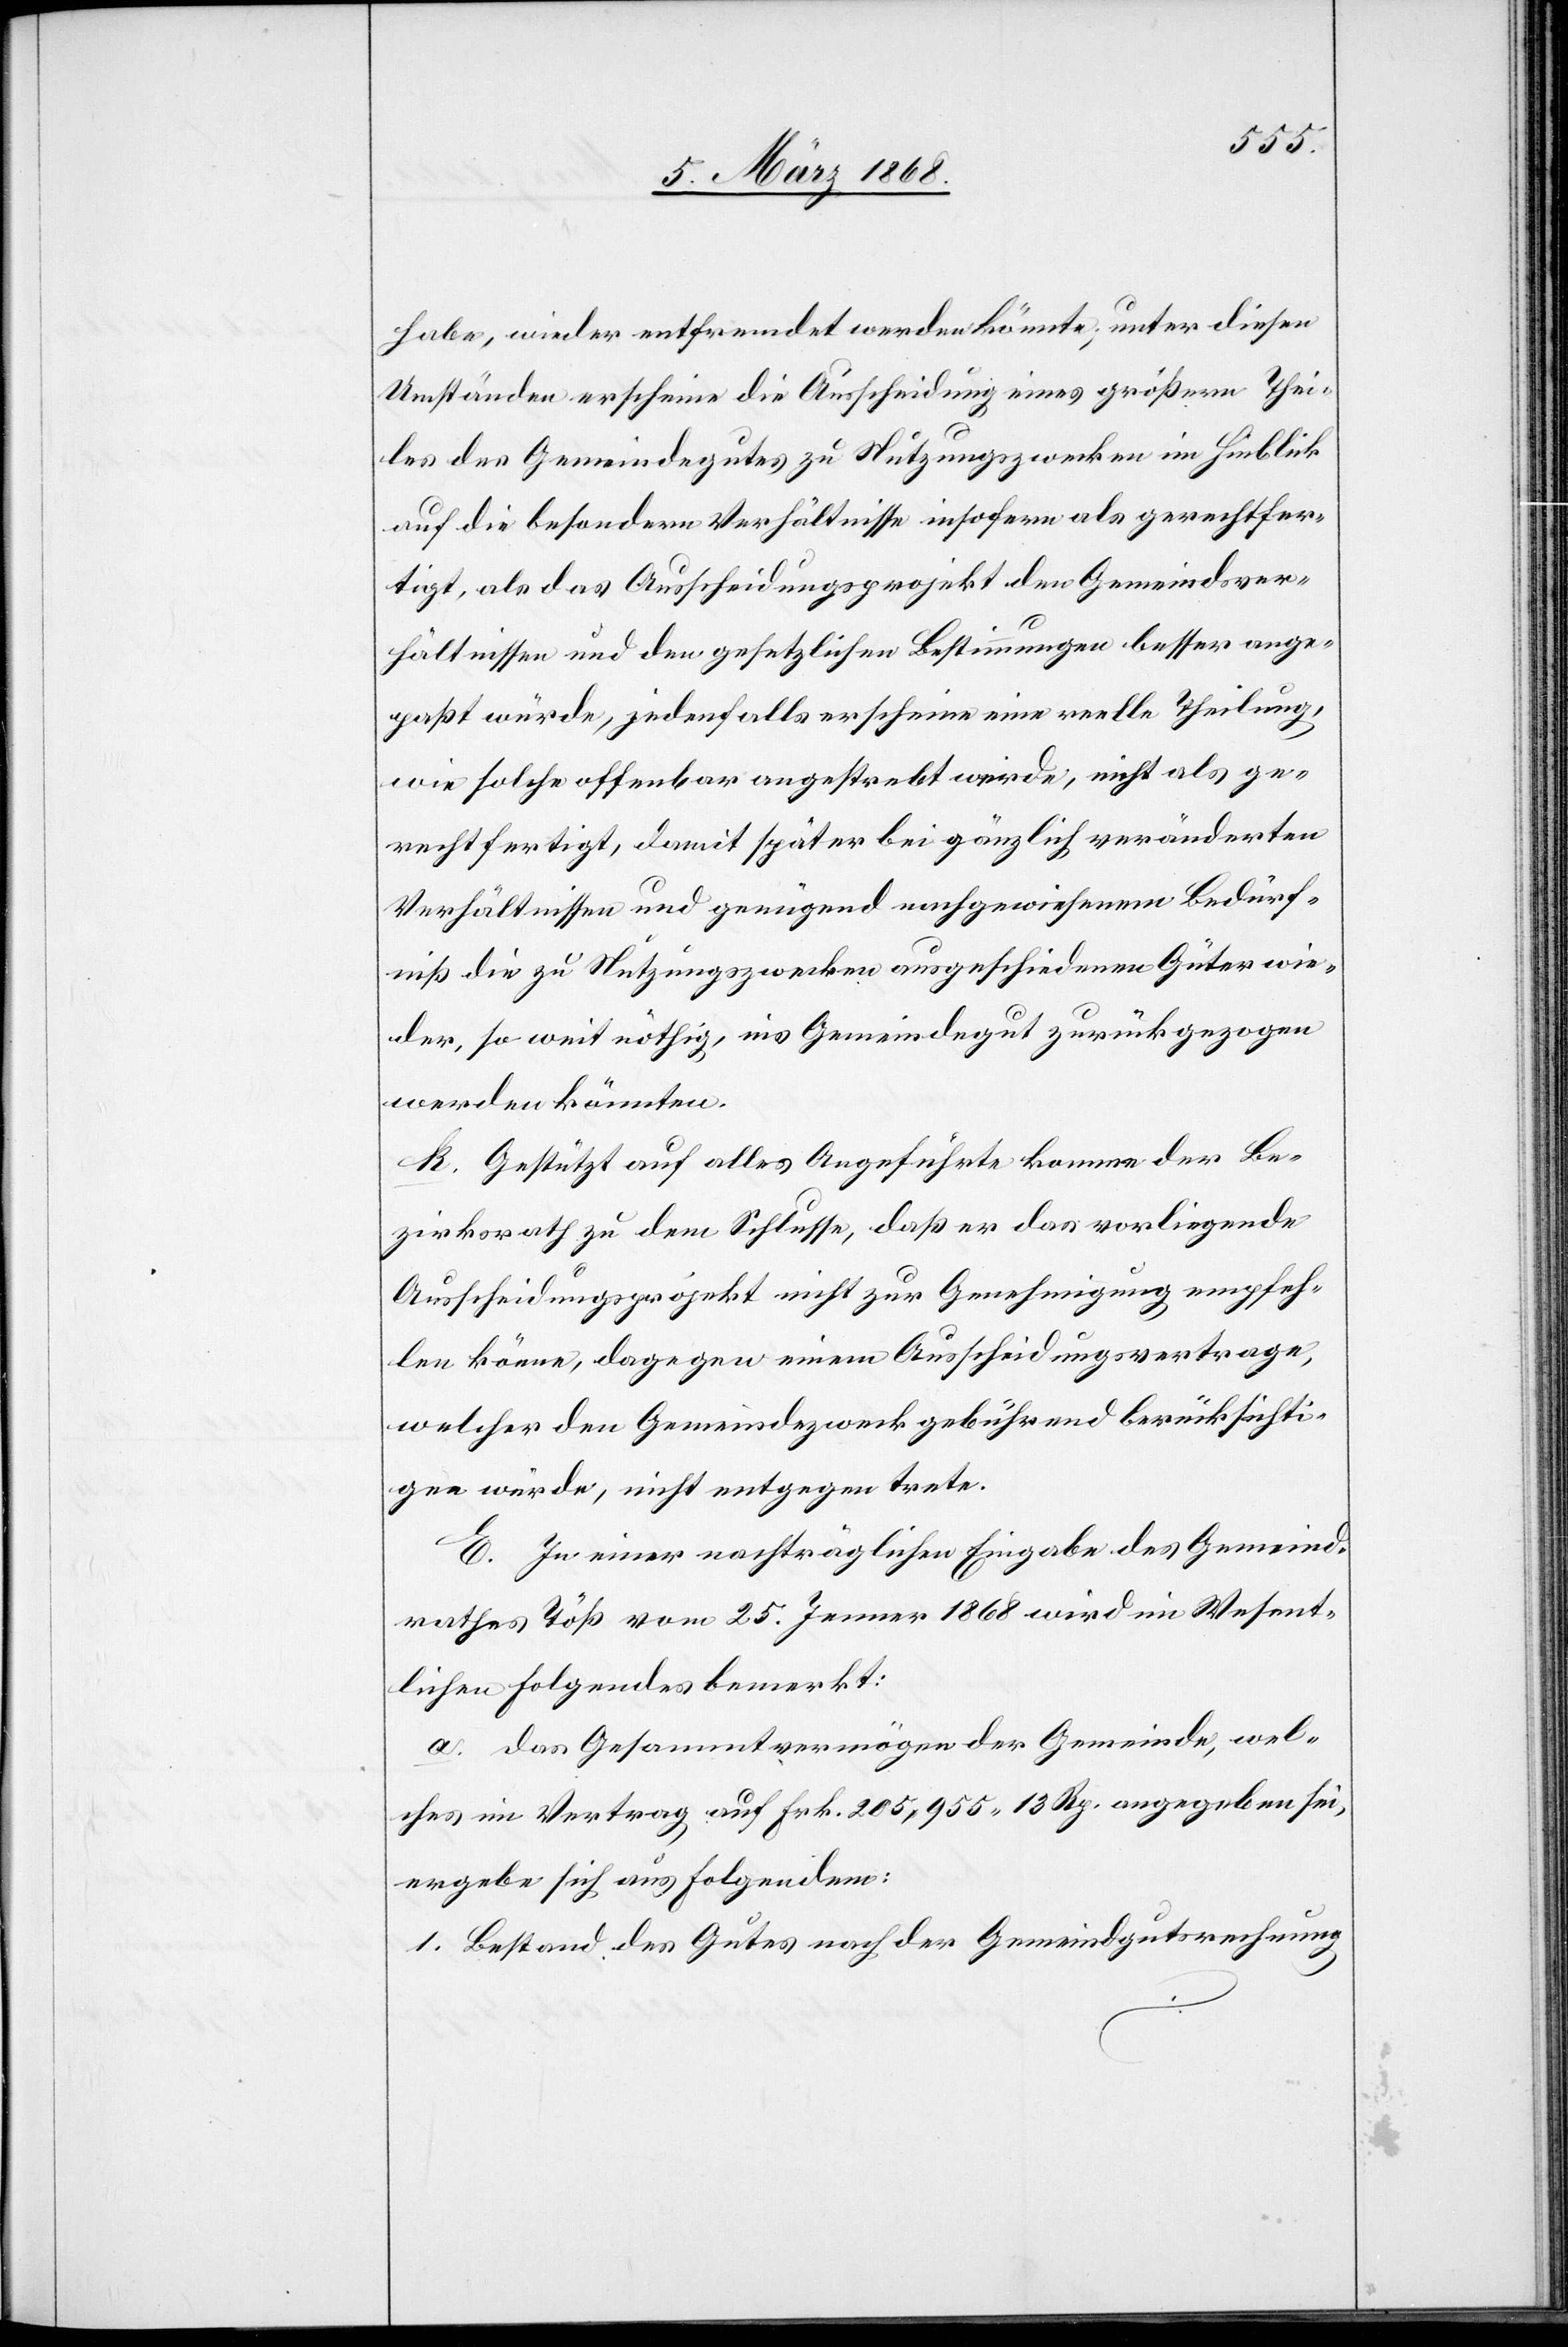
habe, wieder entfremdet werden könnte; unter diesen
Umständen erscheine die Ausscheidung eines größern Thei¬
les des Gemeindegutes zu Nutzungszwecken im Hinblick
auf die besondern Verhältnisse insofern als gerechtfer¬
tigt, als das Ausscheidungsprojekt den Gemeindsver¬
hältnissen und den gesetzlichen Bestimmungen besser ange¬
paßt würde, jedenfalls erscheine eine reelle Theilung,
wie solche offenbar angestrebt werde, nicht als ge¬
rechtfertigt, damit später bei gänzlich veränderten
Verhältnissen und genügend nachgewiesenem Bedürf¬
niß die zu Nutzungszwecken ausgeschiedenen Güter wie¬
der, so weit nöthig, ins Gemeindegut zurückgezogen
werden könnten.
k. Gestützt auf alles Angeführte komme der Be¬
zirksrath zu dem Schlusse, daß er das vorliegende
Ausscheidungsprojekt nicht zur Genehmigung empfeh¬
len könne, dagegen einem Ausscheidungsvertrage,
welcher den Gemeindezweck gebührend berücksichti¬
gen würde, nicht entgegen trete.
E. In einer nachträglichen Eingabe des Gemeind¬
rathes Töß vom 25. Jenner 1868 wird im Wesent¬
lichen Folgendes bemerkt:
a. Das Gesammtvermögen der Gemeinde, wel¬
ches im Vertrag auf Frk. 205,955. 13 Rp. angegeben sei,
ergebe sich aus Folgendem:
Bestand des Gutes nach der Gemeindgutsrechnung